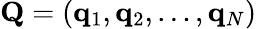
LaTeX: \mathbf{Q}=(\mathbf{q}_{1},\mathbf{q}_{2},\ldots,\mathbf{q}_{N})